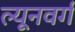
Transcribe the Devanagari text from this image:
ल्यूनवर्ग